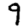
Digit: 9